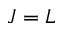
J = L